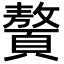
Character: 𩕀